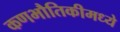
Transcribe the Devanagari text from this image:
कणभौतिकीमध्ये